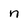
Character: n